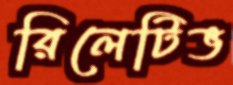
রিলেটিভ